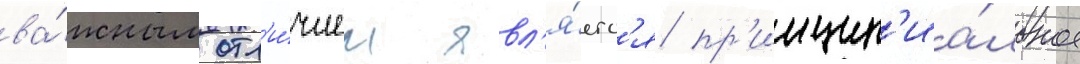
ва́жным отл'и́чием явл'я́етс'я пр'инцип'иа́льное